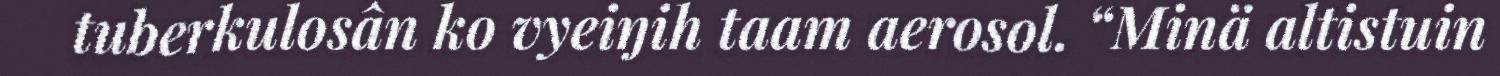
tuberkulosân ko vyeiŋih taam aerosol. “Minä altistuin